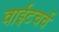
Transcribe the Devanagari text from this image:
वाईटचर्च